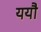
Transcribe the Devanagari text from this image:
ययौ